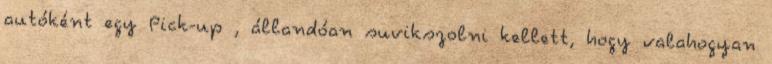
autóként egy Pick-up , állandóan suvikszolni kellett, hogy valahogyan